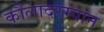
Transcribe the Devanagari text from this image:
कौलादरम्यान